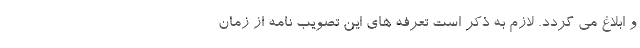
و ابلاغ می گردد. لازم به ذکر است تعرفه های این تصویب نامه از زمان